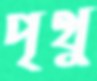
পৃথু